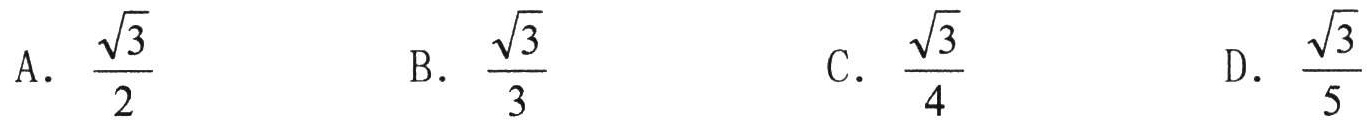
A. $\frac{\sqrt{3}}{2}$  B. $\frac{\sqrt{3}}{3}$  C. $\frac{\sqrt{3}}{4}$  D. $\frac{\sqrt{3}}{5}$